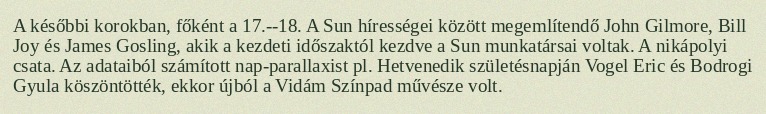
A későbbi korokban, főként a 17.--18. A Sun hírességei között megemlítendő John Gilmore, Bill Joy és James Gosling, akik a kezdeti időszaktól kezdve a Sun munkatársai voltak. A nikápolyi csata. Az adataiból számított nap-parallaxist pl. Hetvenedik születésnapján Vogel Eric és Bodrogi Gyula köszöntötték, ekkor újból a Vidám Színpad művésze volt.